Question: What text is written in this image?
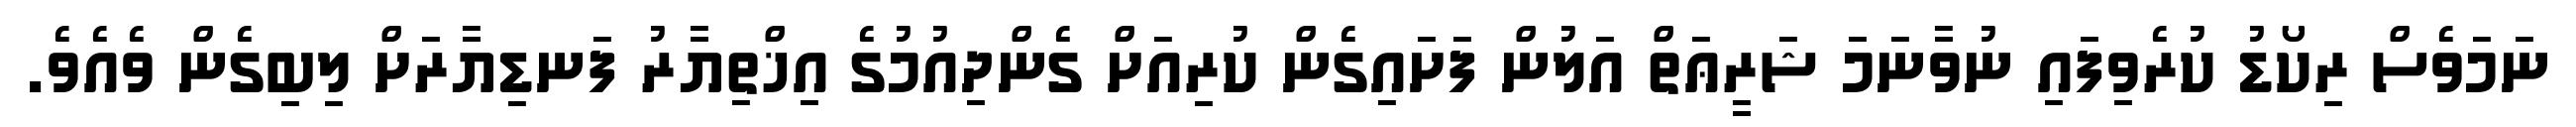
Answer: ނަމަވެސް ރިކޯޑު ކުރެވިފައި ނުވާނަމަ ޝަރީޢަތް އަލުން ފަށައިގެން ކުރިއަށް ގެންދިއުމުގެ އިޚްތިޔާރު ފަނޑިޔާރަށް ލިބިގެން ވެއެވެ.